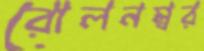
রোলনম্বর